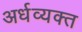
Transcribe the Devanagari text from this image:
अर्धव्यक्त